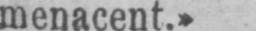
menacent.»